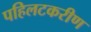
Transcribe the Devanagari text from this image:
पहिलटकरीण